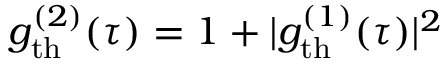
g _ { \mathrm { t h } } ^ { ( 2 ) } ( \tau ) = 1 + | g _ { \mathrm { t h } } ^ { ( 1 ) } ( \tau ) | ^ { 2 }